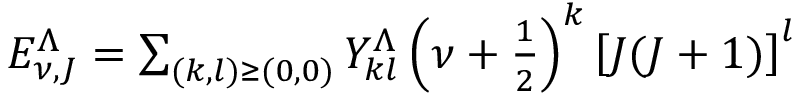
\begin{array} { r } { E _ { \nu , J } ^ { \Lambda } = \sum _ { ( k , l ) \geq ( 0 , 0 ) } Y _ { k l } ^ { \Lambda } \left( \nu + \frac { 1 } { 2 } \right) ^ { k } \left[ J ( J + 1 ) \right] ^ { l } } \end{array}